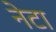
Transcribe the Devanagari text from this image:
नेटा